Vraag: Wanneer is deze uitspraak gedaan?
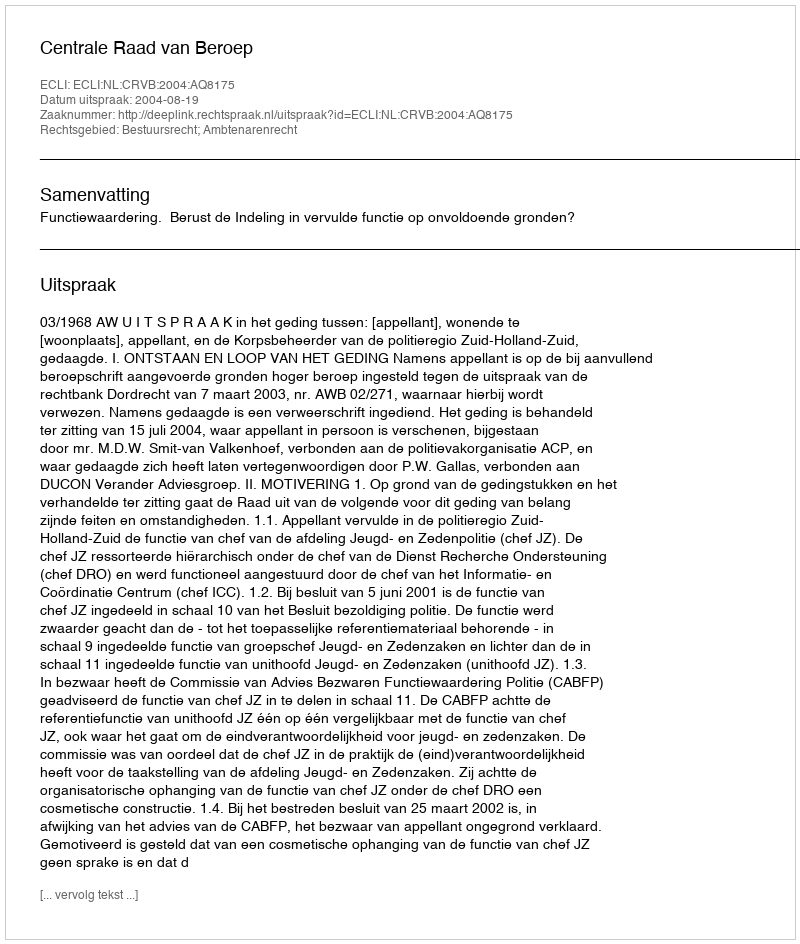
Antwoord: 2004-08-19